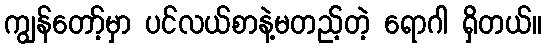
ကျွန်တော့်မှာ ပင်လယ်စာနဲ့မတည့်တဲ့ ရောဂါ ရှိတယ်။